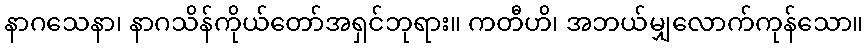
နာဂသေနာ၊ နာဂသိန်ကိုယ်တော်အရှင်ဘုရား။ ကတီဟိ၊ အဘယ်မျှလောက်ကုန်သော။